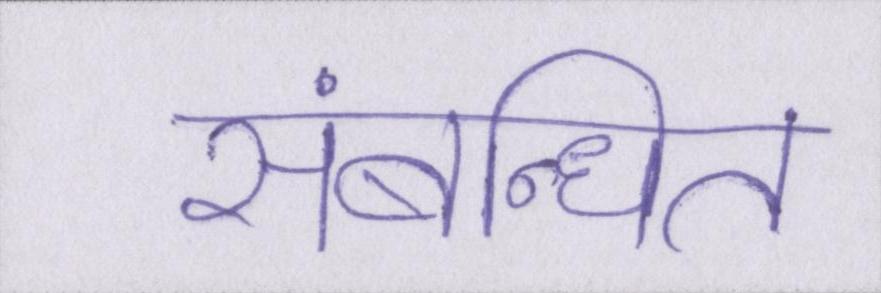
संबन्धित